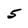
Character: 5